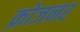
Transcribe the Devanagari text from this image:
क्रोजनर